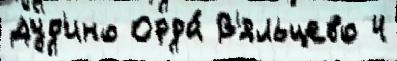
Дуд'ино Орда́ В'яльцево 4